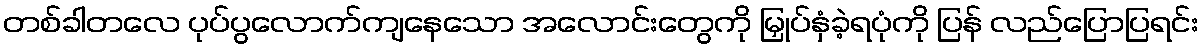
တစ်ခါတလေ ပုပ်ပွလောက်ကျနေသော အလောင်းတွေကို မြှုပ်နှံခဲ့ရပုံကို ပြန် လည်ပြောပြရင်း